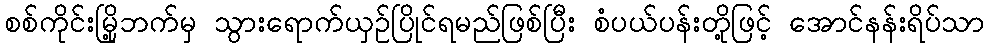
စစ်ကိုင်းမြို့ဘက်မှ သွားရောက်ယှဉ်ပြိုင်ရမည်ဖြစ်ပြီး စံပယ်ပန်းတို့ဖြင့် အောင်နန်းရိပ်သာ